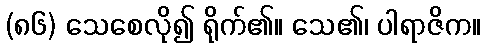
(၈၆) သေစေလို၍ ရိုက်၏။ သေ၏၊ ပါရာဇိက။